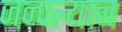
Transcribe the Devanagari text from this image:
जन्पल्यान